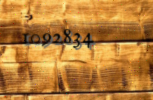
1092834